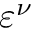
\varepsilon ^ { \nu }